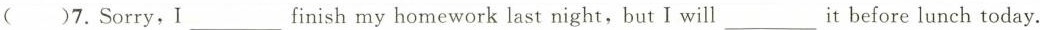
()7.Sorry,I ___ finish my homework last night, but I will___ it before lunch today.